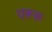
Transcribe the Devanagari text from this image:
एरूरु